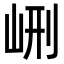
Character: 𡶭